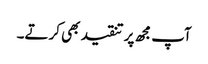
آپ مجھ پر تنقید بھی کرتے۔